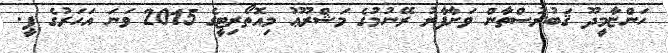
ހަންޏާމީދޫ ޤަބުރުސްތާން ވަށާފާރު ރޭނުމުގެ މަޝްރޫޢު މިއޮތޯރިޓީގެ 2015 ވަނަ އަހަރުގެ ޕީ.